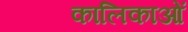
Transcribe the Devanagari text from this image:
कालिकाओं